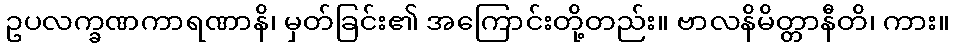
ဥပလက္ခဏကာရဏာနိ၊ မှတ်ခြင်း၏ အကြောင်းတို့တည်း။ ဗာလနိမိတ္တာနီတိ၊ ကား။